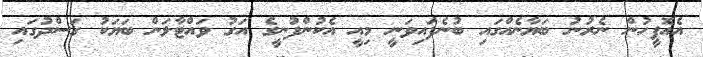
އެއޮފީހުން ނެރުނު ބަޔާނެއްގައި ބުނެފައިވަނީ މިއީ އެކުންފުނީގެ އަގު ވައްޓާލަން ބަޔަކު ގަސްދުގައި